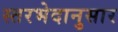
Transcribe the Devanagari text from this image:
स्तरभेदानुसार